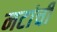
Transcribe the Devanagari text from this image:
नटांची